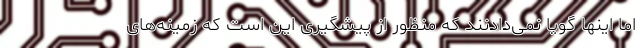
اما اینها گویا نمی‌دادنند که منظور از پیشگیری این است که زمینه‌های